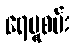
ရေပူစမ်း